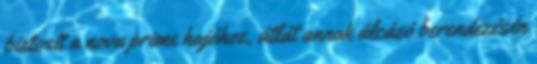
biztosít a nova prime hajóhoz, átlát annak álcázó berendezésén